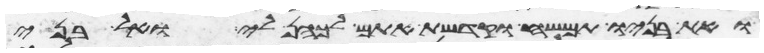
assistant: ואת בניו תמשח וקדשת אתם לכהן לי ואל בני